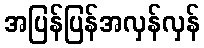
အပြန်ပြန်အလှန်လှန်